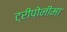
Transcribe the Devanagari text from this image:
ट्रीपोनीमा